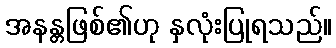
အနန္တဖြစ်၏ဟု နှလုံးပြုရသည်။